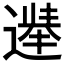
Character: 𫑀